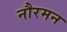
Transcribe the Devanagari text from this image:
नौरमन